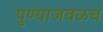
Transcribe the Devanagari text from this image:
पुण्याजवळच